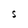
Character: S